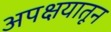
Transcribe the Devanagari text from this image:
अपक्षयातून